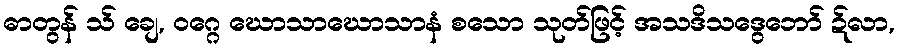
ဓာတွန် သ် ချေ, ဝဂ္ဂေ ဃောသာဃောသာနံ စသော သုတ်ဖြင့် အသဒိသဒွေဘော် ဍ်လာ,